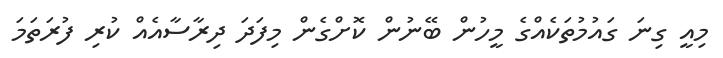
މިއީ ގިނަ ގައުމުތަކެއްގެ މީހުން ބޭނުން ކޮށްގެން މިފަދަ ދިރާސާއެއް ކުރި ފުރަތަމަ